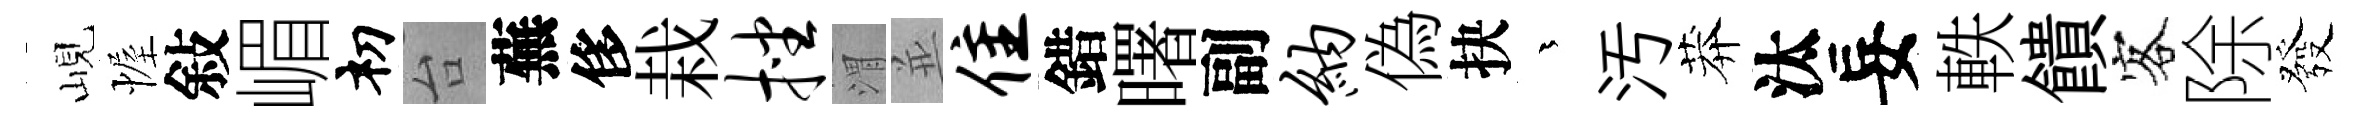
峴幄敍嵋𥘉台蕪侈栽挫渭並隹錯曙副纳偽抉茫汚莽汰妄軼饋客除發